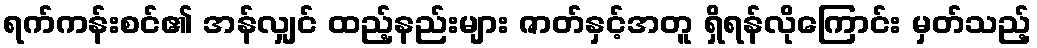
ရက်ကန်းစင်၏ အန်လျှင် ထည့်နည်းများ ဇာတ်နှင့်အတူ ရှိရန်လိုကြောင်း မှတ်သည့်